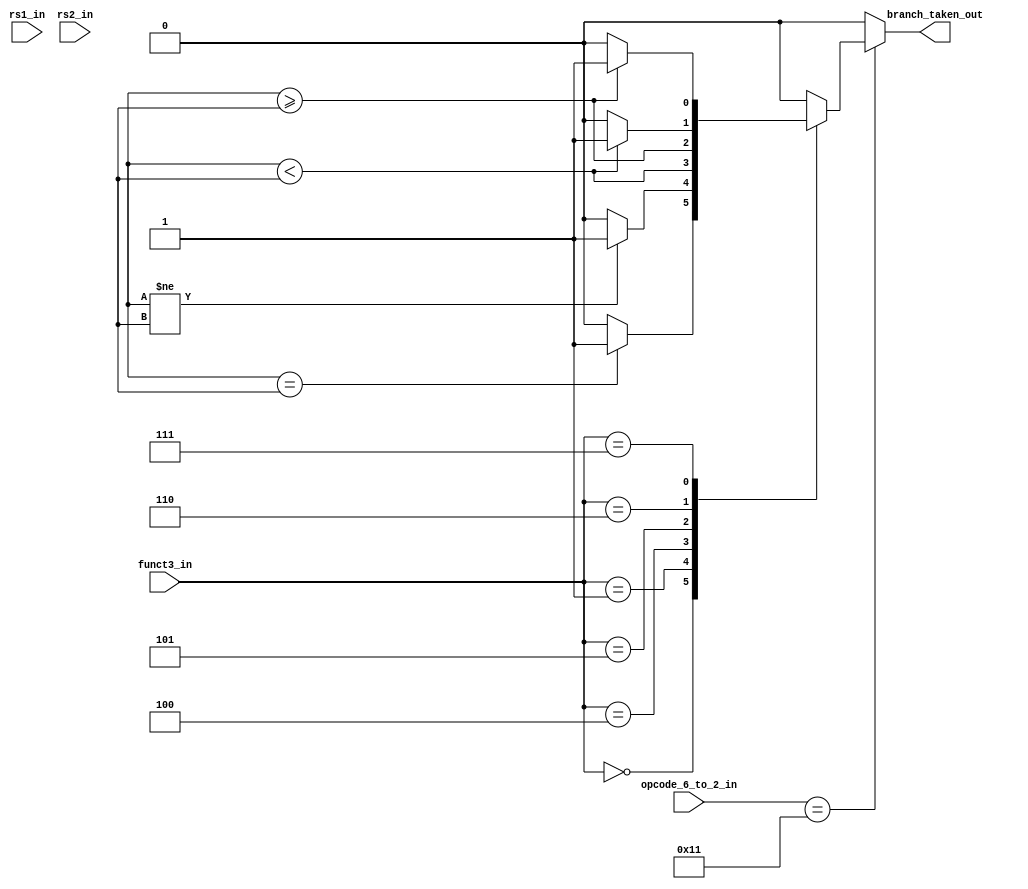
module rv32_branch_unit(
    input [31:0] rs1_in,
    input [31:0] rs2_in,
    input [4:0]  opcode_6_to_2_in,
    input [2:0]  funct3_in,
    output wire branch_taken_out
);

parameter BRANCH = 5'b110001;
//parameter JUMP_AND_LINK = 5'b110111;
//parameter JUMP_AND_LINK_REG = 5'b110011;

always @(*)
begin
    if(opcode_6_to_2_in == BRANCH)
    begin
        case(funct3_in)
          3'b000 : branch_taken_out = (rs1 == rs2)  ? 1'b1 : 1'b0;
          3'b001 : branch_taken_out = (rs1 != rs2)  ? 1'b1 : 1'b0;
          3'b100 : branch_taken_out = (rs1[31] ^ rs2[31])  ? 1'b1 : rs1 < rs2;
          3'b101 : branch_taken_out = (rs1[31] ^ rs2[31])  ? 1'b1 : rs1 >= rs2;
          3'b110 : branch_taken_out = rs1 < rs2  ? 1'b1 : 1'b0;
          3'b111 : branch_taken_out = rs1 >= rs2 ? 1'b1 : 1'b0;

          default : branch_taken_out = 1'b0;
        endcase
    end
    //else if(opcode_6_to_2_in == JUMP_AND_LINK | opcode_6_to_2_in == JUMP_AND_LINK_REG)
    //    branch_taken_out = 1'b1;
    else
        branch_taken_out = 1'b0;
end


endmodule